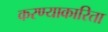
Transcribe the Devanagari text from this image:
करण्याकारिता